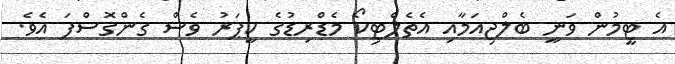
އެ ޓީމުން ވަނީ ބެލްޖިއަމާއި އެތެލްޓިކޯ މެޑްރިޑުގެ ކީޕަރު ވެސް ގެންގޮސްފަ އެވެ.